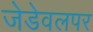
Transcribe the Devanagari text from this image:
जेडेवलपर